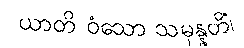
ယာတိ ဝံသော သမုန္နတိံ၊